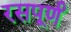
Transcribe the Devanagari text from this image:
रसपूर्णं